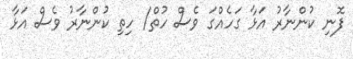
ފޮނި ކުންނާރު އަޅާ ގަހެއްގަ ވެސް ހުތް/ ހިތި ކުންނާރު ވެސް އަޅާ